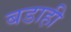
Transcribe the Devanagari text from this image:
बडाही